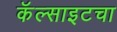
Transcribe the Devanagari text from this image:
कॅल्साइटचा